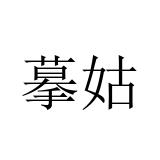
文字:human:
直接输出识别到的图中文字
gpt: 摹姑